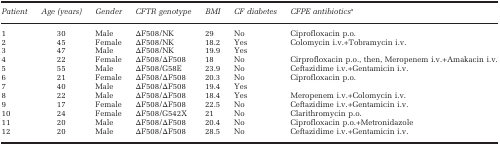
| Patient | Age (years) | Gender | CFTR genotype | BMI | CF diabetes | CFPE antibioticsa |
 | --- | --- | --- | --- | --- | --- | --- |
 | 1 | 30 | Male | ΔF508/NK | 29 | No | Ciprofloxacin p.o. |
 | 2 | 45 | Female | ΔF508/NK | 18.2 | Yes | Colomycin i.v.+Tobramycin i.v. |
 | 3 | 47 | Male | ΔF508/NK | 19.9 | Yes |  |
 | 4 | 22 | Female | ΔF508/ΔF508 | 18 | No | Cirprofloxacin p.o., then, Meropenem i.v.+Amakacin i.v. |
 | 5 | 55 | Male | ΔF508/G58E | 23.9 | No | Ceftazidime i.v.+Gentamicin i.v. |
 | 6 | 21 | Female | ΔF508/ΔF508 | 20.3 | No | Ciprofloxacin p.o. |
 | 7 | 40 | Male | ΔF508/ΔF508 | 19.4 | Yes |  |
 | 8 | 22 | Male | ΔF508/ΔF508 | 18.4 | Yes | Meropenem i.v.+Colomycin i.v. |
 | 9 | 17 | Female | ΔF508/ΔF508 | 22.5 | No | Ceftazidime i.v.+Gentamicin i.v. |
 | 10 | 24 | Female | ΔF508/G542X | 21 | No | Clarithromycin p.o. |
 | 11 | 20 | Male | ΔF508/ΔF508 | 20.4 | No | Ciprofloxacin p.o.+Metronidazole |
 | 12 | 20 | Male | ΔF508/ΔF508 | 28.5 | No | Ceftazidime i.v.+Gentamicin i.v. |